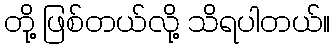
တို့ ဖြစ်တယ်လို့ သိရပါတယ်။